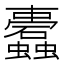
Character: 蠹